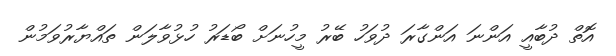
އޮތް ދުބާއީ އަންނަ އަންގާރަ ދުވަހު ބޭރު މީހުނަށް ބޯޑަރު ހުޅުވާލަން ތައްޔާރުވަމުން